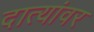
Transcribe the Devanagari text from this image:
दात्यांवर